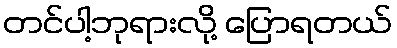
တင်ပါ့ဘုရားလို့ ပြောရတယ်